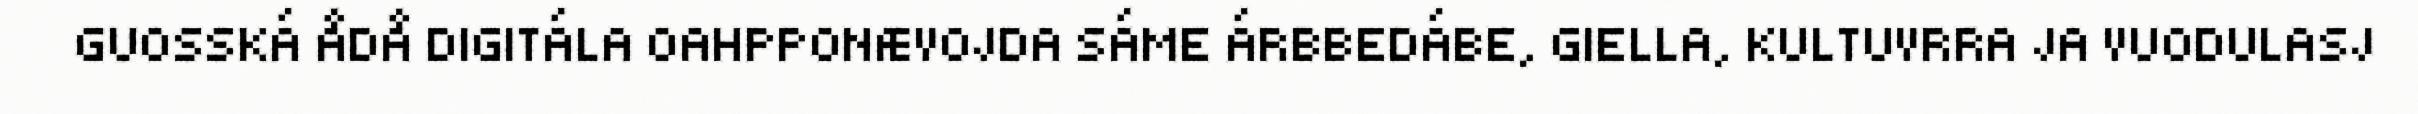
GUOSSKÁ ÅDÅ DIGITÁLA OAHPPONÆVOJDA SÁME ÁRBBEDÁBE, GIELLA, KULTUVRRA JA VUODULASJ